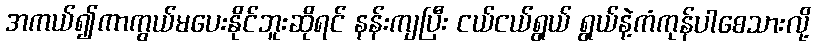
အကယ်၍ကာကွယ်မပေးနိုင်ဘူးဆိုရင် နန်းကျပြီး ငယ်ငယ်ရွယ် ရွယ်နဲ့ကံကုန်ပါစေသားလို့